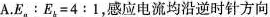
A. $$ E_{a}:E_{b}=4:1 $$，感应电流均沿逆时针方向